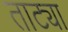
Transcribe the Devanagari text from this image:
ताट्या